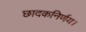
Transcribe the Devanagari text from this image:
छादकनिर्णय।